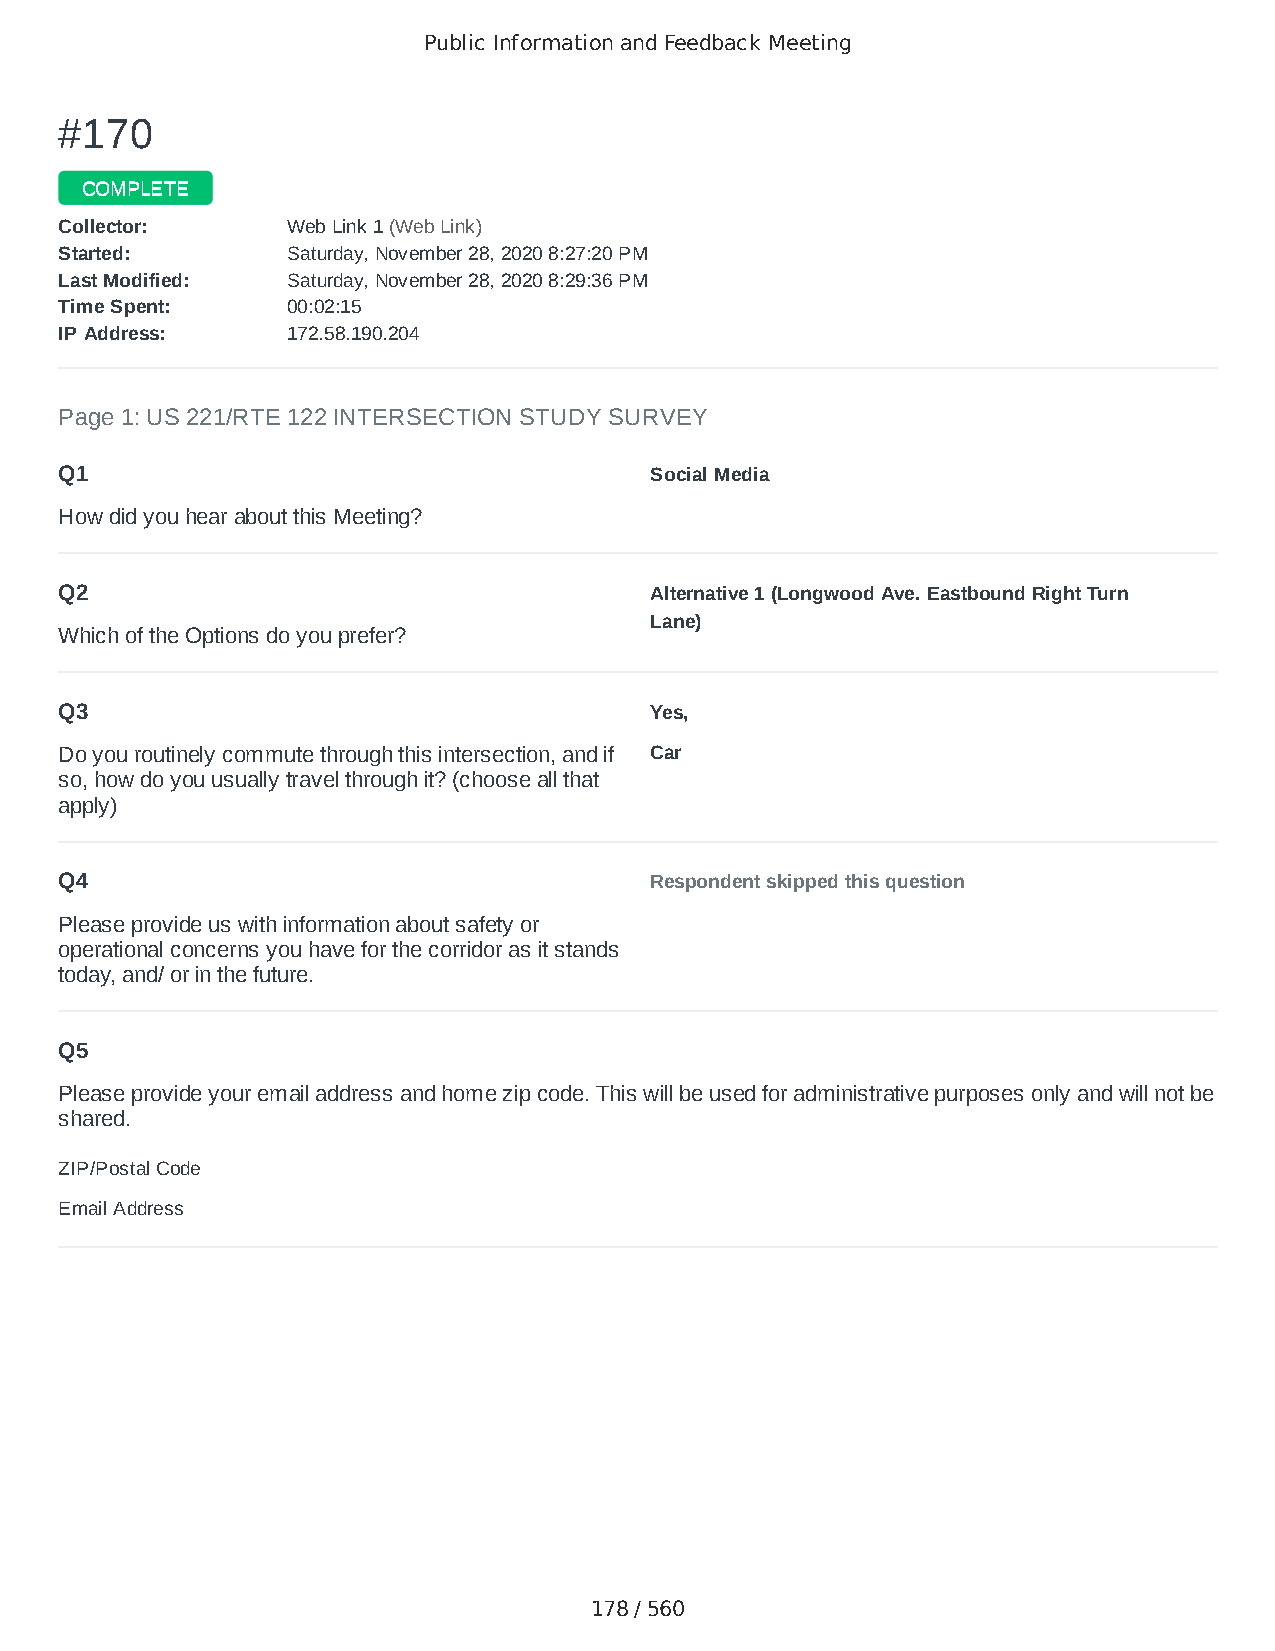
Public Information and Feedback Meeting
 ##117700
 CCOOMMPPLLEETTEE
 CCoolllleeccttoorr:: WWeebb LLiinnkk 11 ((WWeebb LLiinnkk))
 SSttaarrtteedd:: SSaattuurrddaayy,, NNoovveemmbbeerr 2288,, 22002200 88::2277::2200 PPMM
 LLaasstt MMooddiiffiieedd:: SSaattuurrddaayy,, NNoovveemmbbeerr 2288,, 22002200 88::2299::3366 PPMM
 TTiimmee SSppeenntt:: 0000::0022::1155
 IIPP AAddddrreessss:: 117722..5588..119900..220044
 Page 1: US 221/RTE 122 INTERSECTION STUDY SURVEY
 Q1                                     Social Media
 How did you hear about this Meeting?
 Q2                                     Alternative 1 (Longwood Ave. Eastbound Right Turn
 Lane)
 Which of the Options do you prefer?
 Q3                                     Yes,
 Do you routinely commute through this intersection, and if Car
 so, how do you usually travel through it? (choose all that
 apply)
 Q4                                     Respondent skipped this question
 Please provide us with information about safety or
 operational concerns you have for the corridor as it stands
 today, and/ or in the future.
 Q5
 Please provide your email address and home zip code. This will be used for administrative purposes only and will not be
 shared.
 ZIP/Postal Code                        24503
 Email Address                          claiborne.wb@gmail.com
 178 / 560